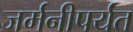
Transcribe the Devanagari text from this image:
जर्मनीपर्यंत